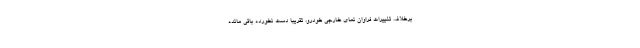
برخلاف تغییرات فراوان نمای خارجی خودرو، تقریبا دست نخورده باقی مانده